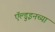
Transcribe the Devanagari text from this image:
ऍल्डुइनच्या